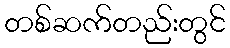
တစ်ဆက်တည်းတွင်